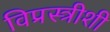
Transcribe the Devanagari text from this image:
विप्रस्त्रीशी